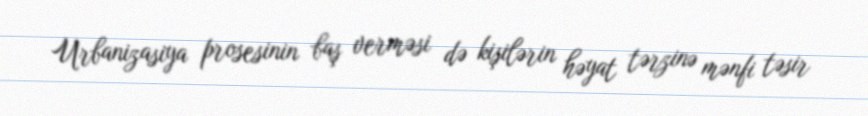
Urbanizasiya prosesinin baş verməsi də kişilərin həyat tərzinə mənfi təsir